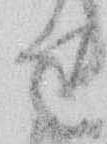
せ